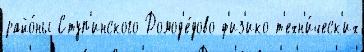
райо́ны Ступ'инского Домод'е́дово ф'из'ико-т'ехн'и́ческ'их